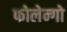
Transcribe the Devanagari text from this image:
फोलेन्गो